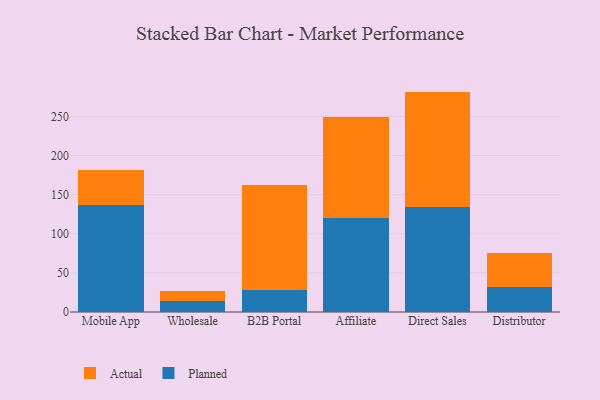
{"axis": {"x": "Channel", "y": "Churn Rate (%)"}, "legend": ["Actual", "Planned"], "data": [{"x": "Mobile App", "y": 136.5, "type": "Planned"}, {"x": "Mobile App", "y": 45.1, "type": "Actual"}, {"x": "Wholesale", "y": 14.4, "type": "Planned"}, {"x": "Wholesale", "y": 12.5, "type": "Actual"}, {"x": "B2B Portal", "y": 28.6, "type": "Planned"}, {"x": "B2B Portal", "y": 133.1, "type": "Actual"}, {"x": "Affiliate", "y": 120.0, "type": "Planned"}, {"x": "Affiliate", "y": 128.6, "type": "Actual"}, {"x": "Direct Sales", "y": 134.8, "type": "Planned"}, {"x": "Direct Sales", "y": 146.8, "type": "Actual"}, {"x": "Distributor", "y": 31.9, "type": "Planned"}, {"x": "Distributor", "y": 43.1, "type": "Actual"}]}